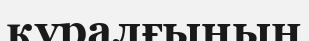
құралғының